Vaccination in Burma 1889-1999 - 1889-1999
Year: 1889
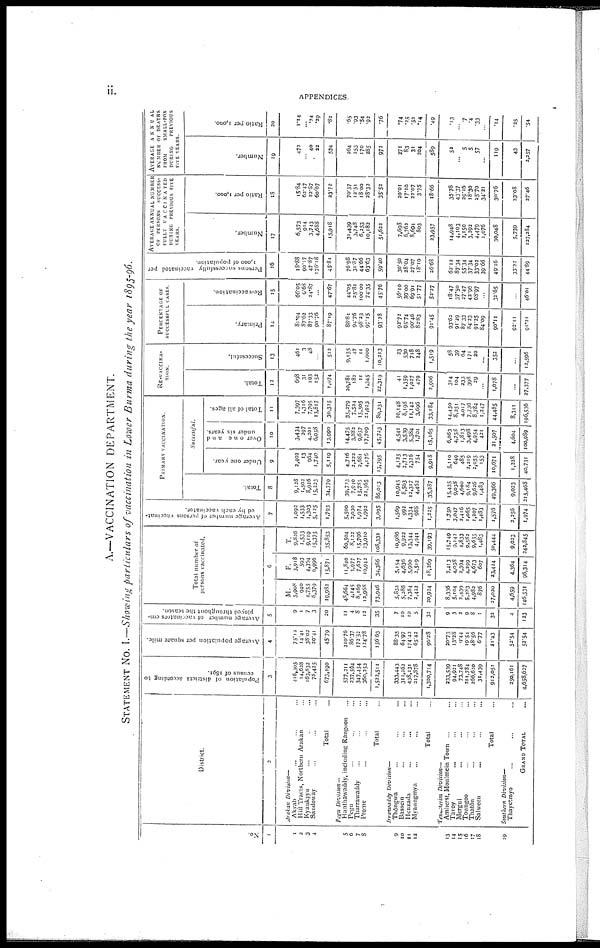
ii.
APPENDICES.
A.—VACCINATION DEPARTMENT.
STATEMENT No. I.—Showing particulars of vaccination in Lower Burma during the year 1895-96.
No.
1
1
2
3
4
5
6
7
8
9
10
11
12
13
14
15
16
17
18
19
District.
2
Arakan Division—
Akvab ... ... ...
Hill Tracts, Northern Arakan ...
Kyaukpyu ... ... ...
Sandoway ... ... ...
Total ...
Pegu Division—
Hanthawaddy, including Rangoon ...
Pegu ... ... ...
Tharrawaddy ... ... ...
Prome ... ... ...
Total ...
Irrawaddy
Division—
Thôngwa ... ... ...
Bassein ... ... ...
Henzada ... ... ...
Myaungmya ... ... ...
Total ...
Tenaserim
Division—
Amherst, Moulmein Town ... ...
Tavoy ... ... ...
Mergni ... ... ...
Toungoo ... ... ...
Thatôn ... ... ...
Salween ... ... ...
Total ...
Southern Division—
Thayetmyo ... ... ...
GRAND TOTAL ...
Population of districts according to
census of 1891.
3
416,305
14,628
163,832
78,425
673,190
577,211
237,594
347,454
360,252
1,522,511
333,443
311,263
438,131
217,878
1,300,714
233,539
94,921
73,748
211,784
266,620
31,439
912,051
250,161
4,658,627
Average population per square mile.
4
75.12
14.41
38.03
20.41
45.79
210.76
86.37
172.52
124.78
156.63
88.35
64.97
174.42
65.42
90.28
20.73
13.28
0.44
19.54
48.56
6.77
21.43
52.54
52.54
Average number of vaccinators em-
ployed throughout the season.
5
9
1
7
3
20
11
4
8
12
35
7
10
10
5
32
9
3
2
9
8
1
32
4
123
Total number of
persons vaccinated.
6
M.
5,908
940
4,755
8,379
19,982
48,664
4,145
8,169
12,968
73,946
5,832
5,286
7,384
2,422
20,924
8,336
5,104
2,439
5,283
4,982
876
37,020
4,659
146,531
F.
3,918
593
4,354
6,996
15,871
11,840
1,977
7,637
10,942
34,386
5,154
4,636
5,960
2,519
18,269
7,413
4,038
2,394
4,299
4,673
607
23,424
4,364
96,314
T.
9,826
1,533
9,119
15,375
35,853
60,504
8,122
15,796
23,910
108,332
10,086
9,922
13,344
4,941
39,193
15,749
9,142
4,833
9,582
9,655
1,483
50,444
9,023
242,845
Average number of persons vaccinat-
ed by each vaccinator.
7
1,092
1,533
1,303
5,125
1,793
5,500
2,030
1,974
1,992
3,095
1,569
992
1,334
988
1,225
1,750
3,047
2,416
1,065
1,207
1,483
1,576
2,256
1,974
PRIMARY VACCINATION.
Total.
8
9,128
1,502
8,916
15,223
34,779
39,723
7,940
15,785
22,565
86,013
10,945
8,563
12,317
4,462
35,287
15,435
9,038
4,600
9,184
9,626
1,483
49,366
9,023
215,468
Successful.
Under one year.
9
2,402
13
964
1,740
5,119
4,716
2,222
2,681
4,176
13,795
4,125
2,713
2,326
754
9,918
5,110
649
485
2,219
2,055
153
10,671
1,228
40.731
Over one
and
under six years.
10
3,434
297
4,201
6,058
13,990
14,475
3,882
9,657
17,709
45,723
4,541
3,539
5,384
1,701
15,165
6,063
4,758
1,813
3,498
4,954
421
21,507
4,604
100,989
Total of all ages.
11
7,397
1,316
7,795
13,817
30,325
35,279
7,524
15,505
21,923
80,231
10,148
8,198
11,142
3,696
33,184
14,450
8,251
4,017
7,736
8,784
1,247
44,485
8,311
196,536
RE-VACCINA-
----.
Total.
12
698
31
193
152
1,074
20,781
182
11
1,345
22,319
41
1,359
1,027
479
2,906
314
104
233
398
29
...
1,078
...
27,377
Successful.
13
461
3
48
...
512
9,155
47
11
1,000
10,213
23
530
718
248
1,519
58
39
64
171
20
...
352
...
12,596
PERCENTAGE OF
SUCCESSFUL CASES.
Primary.
14
81.04
87.62
87.33
90.76
87.19
88.81
94.76
98.23
97.15
93.28
92.72
95.74
90.46
82.83
91.45
93.62
91.29
87.33
84.23
91.25
84.09
90.11
92.11
91.21
Re-vaccination.
15
66.05
9.68
24.87
...
47.67
44.05
25.82
100.00
74.35
45.76
56.10
39.00
69.91
51.77
52.27
18.47
37.50
27.47
42.96
68.97
...
32.65
...
46.01
Persons successfully vaccinated per
1,000 of population.
16
18.88
90.17
47.87
176.18
45.81
76.98
31.87
44.66
63.63
59.40
30.50
28.04
27.07
18.10
26.68
62.12
87.34
55.34
37.34
33.02
39.66
49.16
33.22
44.89
AVERAGE ANNUAL NUMBER
OF PERSONS
SUCCESS-
FULLY VACCINATED
DURING PREVIOUS FIVE
YEARS.
Number.
17
6,573
914
3,743
4,688
15,918
31,439
3,748
6,253
10,182
51,622
7,698
6,762
8,694
803
23,957
14,948
4,103
2,150
3,292
4,479
1,076
30,048
5,739
127,284
Ratio per 1,000.
18
15.84
62.47
22.87
60.07
23.72
70.37
12.51
18.00
28.32
35.52
20.01
17.10
22.07
3.75
18.66
35.78
43.37
29.16
18.30
25.70
34.21
30.76
23.08
27.46
AVERAGE ANNUAL
NUMBER OF DEATHS
FROM
SMALL-POX
DURING
PRIVIOUS
FIVE YEARS.
Number.
19
472
... 40 22
534
264
253
170
285
972
271
83
31
204
589
52
...
5
5
57
...
119
43
2,257
Ratio per 1,000.
20
1.14
... .24
.29
.82
.65
.93
.54
.92
.76
.74
.25
.52
.14
.49
.13
... .7
.4
.33
...
.14
.25
.54